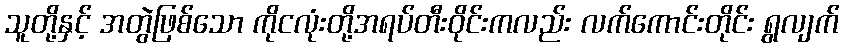
သူတို့နှင့် အတွဲဖြစ်သော ကိုငလုံးတို့အရပ်တီးဝိုင်းကလည်း လက်ကောင်းတိုင်း ရွလျက်